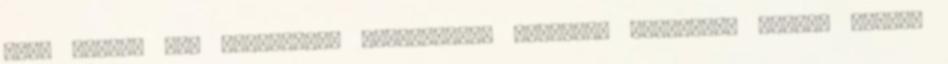
Zrt. Minden jog fenntartva Portfóliónk minőségi tartalmat jelent minden